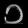
Digit: ၁